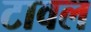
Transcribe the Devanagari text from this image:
टावल